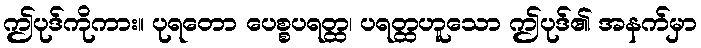
ဤပုဒ်ကိုကား။ ပုရတော ပေစ္စပရတ္ထ၊ ပရတ္ထဟူသော ဤပုဒ်၏ အနက်မှာ